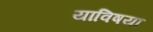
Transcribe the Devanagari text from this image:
याविषया